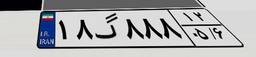
۵۷گ۴۲۸۸۸